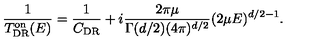
\frac { 1 } { T _ { \mathrm { D R } } ^ { \mathrm { o n } } ( E ) } = { \frac { 1 } { C _ { \mathrm { D R } } } + i \frac { 2 \pi \mu } { \Gamma ( d / 2 ) ( 4 \pi ) ^ { d / 2 } } ( 2 \mu E ) ^ { d / 2 - 1 } } .